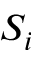
S _ { i }